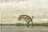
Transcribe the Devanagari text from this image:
बानवणे